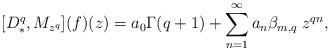
LaTeX: \begin{align*}[D_*^q,M_{z^q}](f)(z)=a_0\Gamma(q+1)+\sum_{n=1}^{\infty}a_n\beta_{m,q}\;z^{qn},\end{align*}